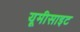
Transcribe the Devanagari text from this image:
यूमीसाइट